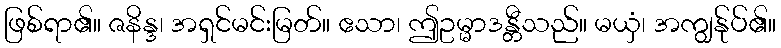
ဖြစ်ရာ၏။ ဇနိန္ဒ၊ အရှင်မင်းမြတ်။ ဧသာ၊ ဤဥမ္မာဒန္တီသည်။ မယှံ၊ အကျွန်ုပ်၏။